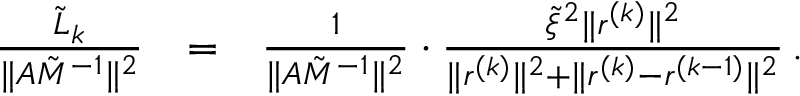
\begin{array} { r l r } { \frac { { { { \tilde { L } } _ { k } } } } { { \| { A \tilde { M } ^ { - 1 } } \| ^ { 2 } } } } & { = } & { \frac { 1 } { { \| { A \tilde { M } ^ { - 1 } } \| ^ { 2 } } } \cdot \frac { \tilde { \xi } ^ { 2 } \| r ^ { ( k ) } \| ^ { 2 } } { \| r ^ { ( k ) } \| ^ { 2 } + \| r ^ { ( k ) } - r ^ { ( k - 1 ) } \| ^ { 2 } } \, . } \end{array}